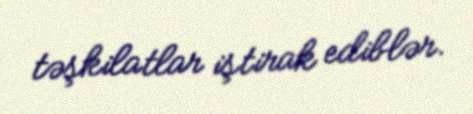
təşkilatlar iştirak ediblər.